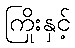
ကြိုးနှင့်